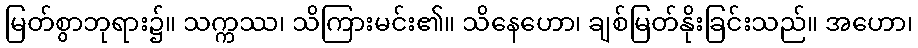
မြတ်စွာဘုရား၌။ သက္ကဿ၊ သိကြားမင်း၏။ သိနေဟော၊ ချစ်မြတ်နိုးခြင်းသည်။ အဟော၊